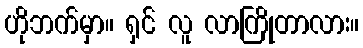
ဟိုဘက်မှာ။ ရှင် လူ လာကြိုတာလား။